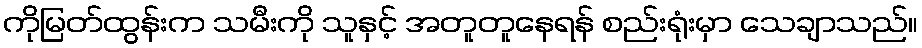
ကိုမြတ်ထွန်းက သမီးကို သူနှင့် အတူတူနေရန် စည်းရုံးမှာ သေချာသည်။